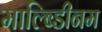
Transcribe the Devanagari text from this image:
माल्ब्डिीनम